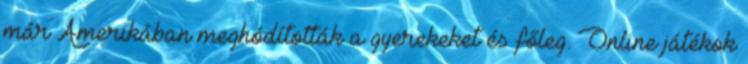
már Amerikában meghódították a gyerekeket és főleg. Online játékok